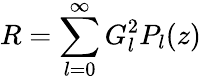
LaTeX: R=\sum_{l=0}^{\infty}G_{l}^{2}P_{l}(z)